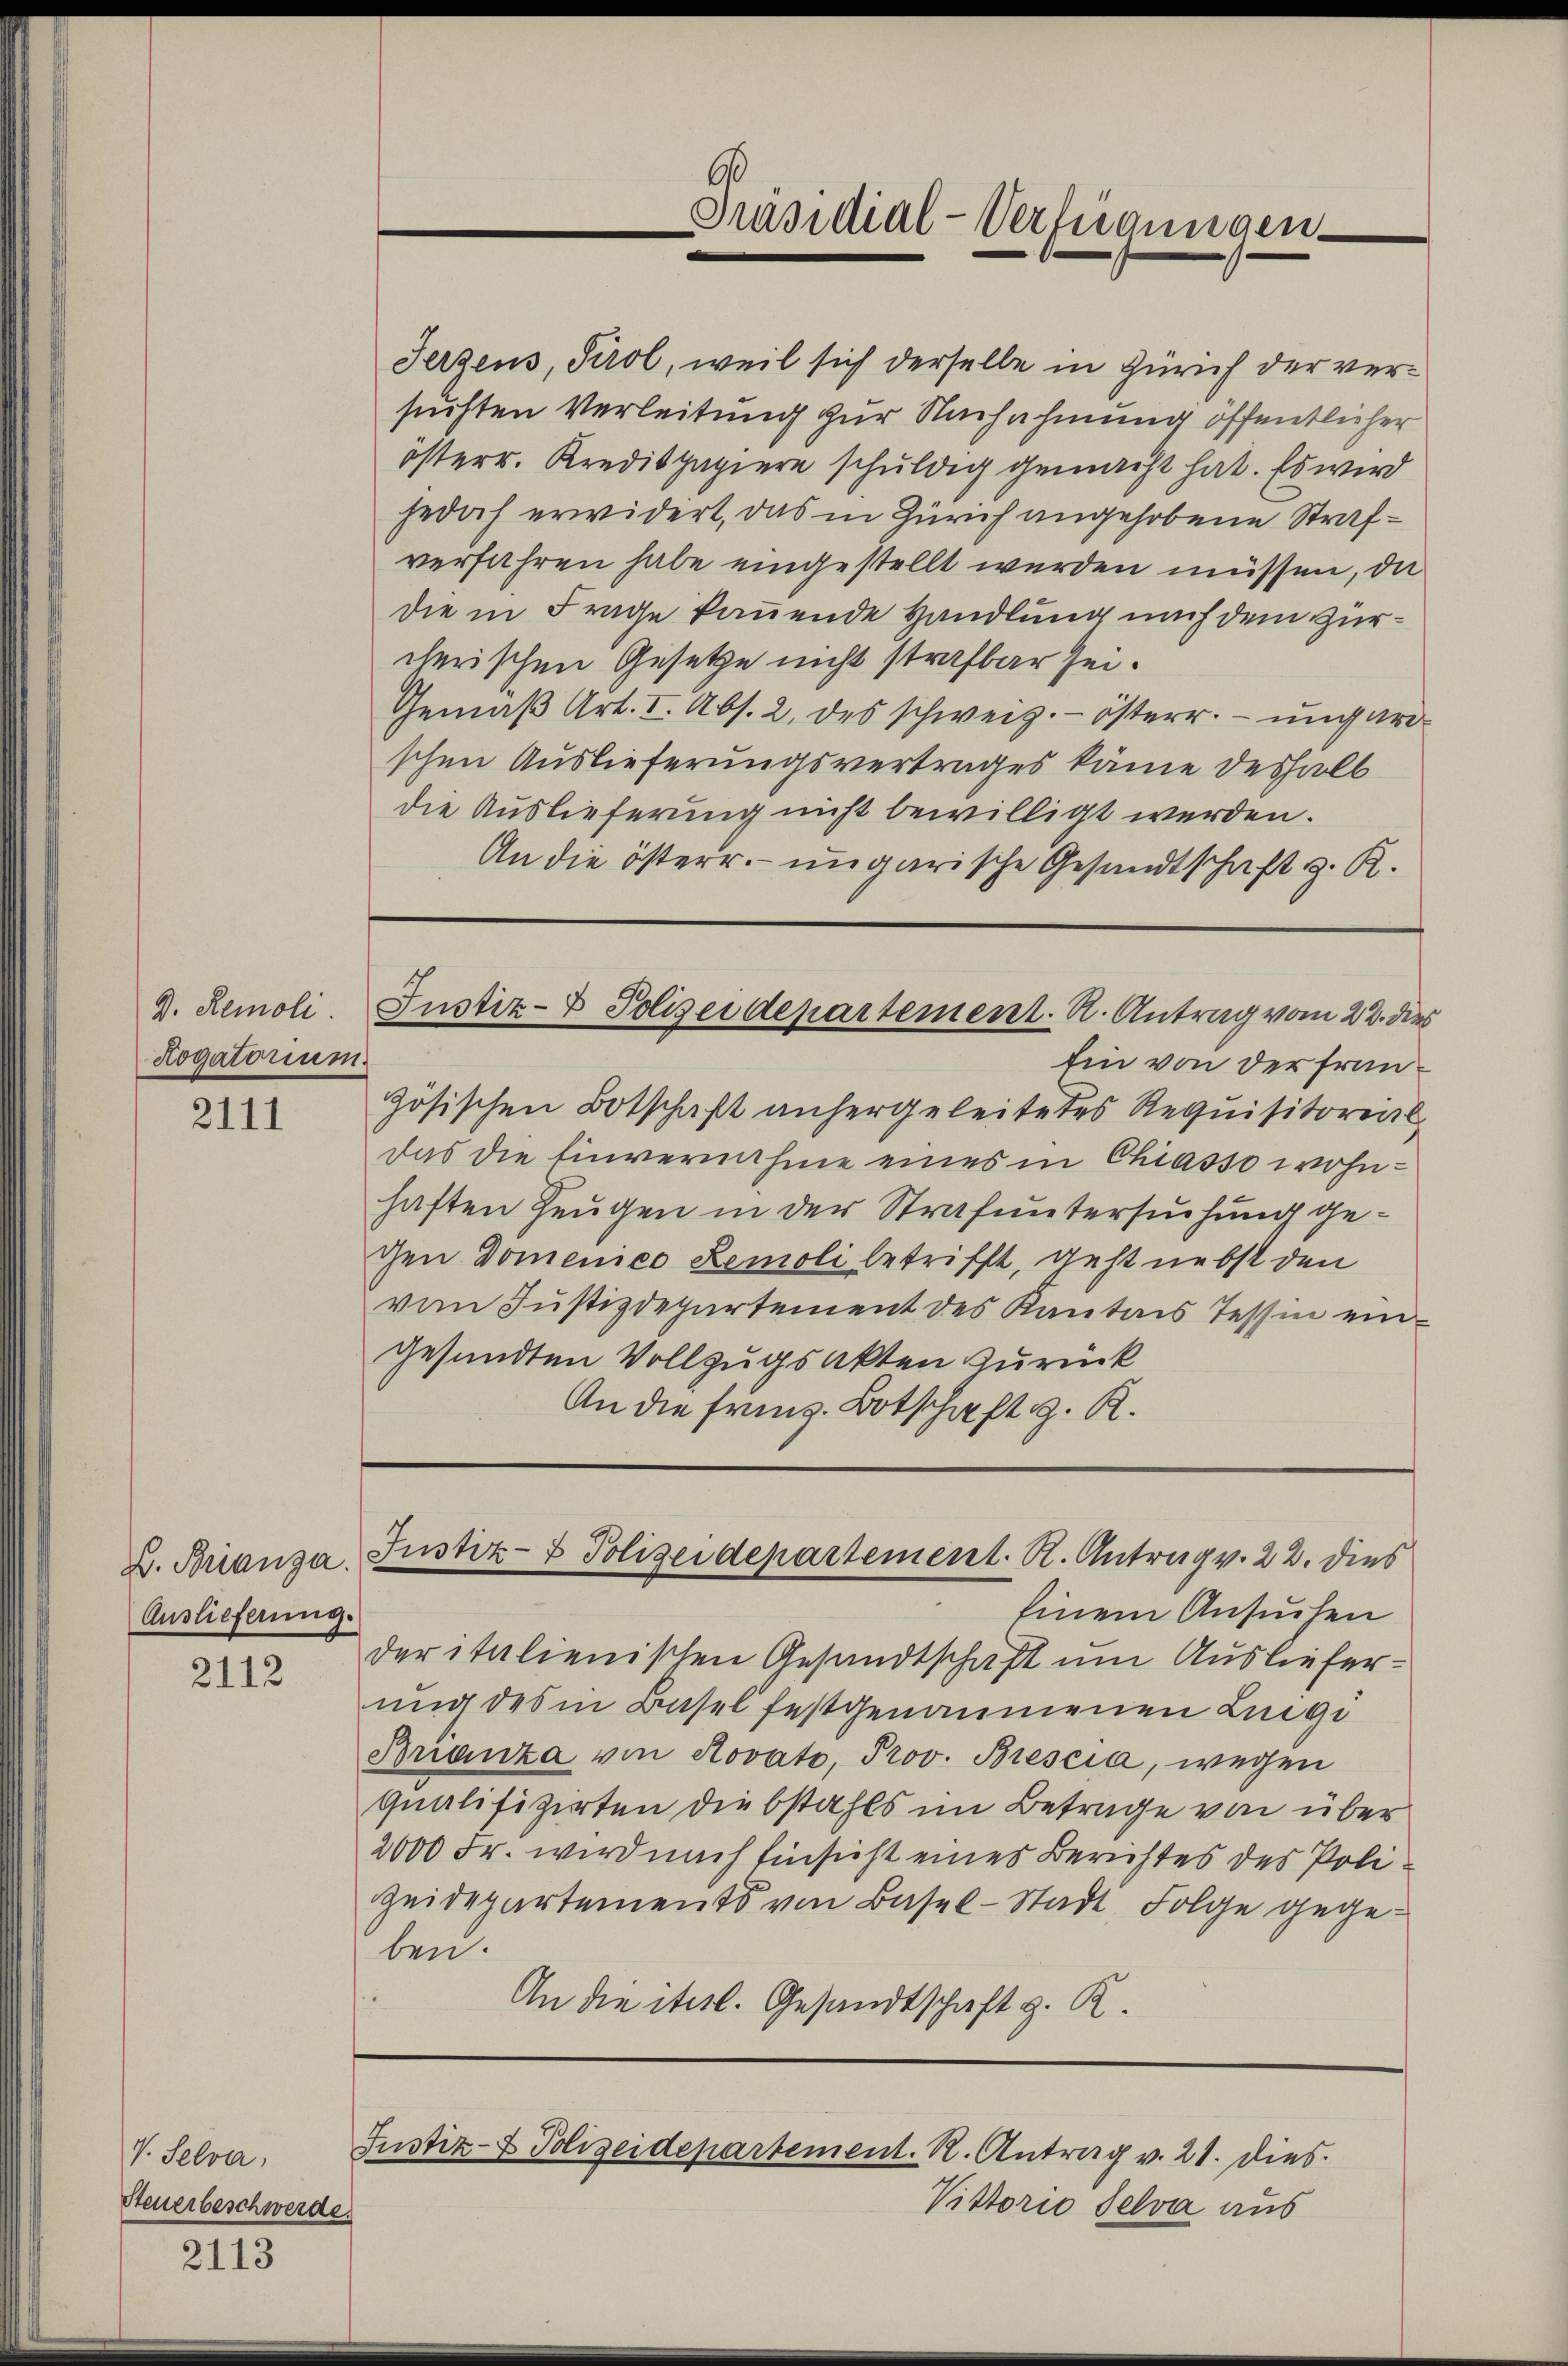
D. Remoli
Rogatorium

2111

B. Brianza.
Auslieferung.

2112

V. Selva,
Steuerbeschwerde.

2113

Jerzens, Tirol, weil sich derselbe in Zürich der versuchten Verleitung zur Nachahmung öffentlicher
österr. Kredispapiere schuldig gemacht hat. Es wird
jedoch erwidert, das in Zürich angehobene Strafverfahren habe eingestellt werden müssen, da
die in Frage kannende Handlung nach dem Zürcherischen Gesetze nicht strafbar sei.
Gemäβ Art. I. Abs. 2. des schweiz.- österr. ungard
schen Auslieferungsvertrages käme deshalb
die Auslieferung nicht bewilligt werden.
An die österr. ungarische Gesandtschaft z. R.

Ein von der Französischen Botschaft anhergeleitetes Requisitorial,
das die Einvernahme eines in Chiasso wohnhaften Zeugen in der Strafuntersuchung gechen Domenico Lemoli betrifft, geht nebst den
vom Justizdepartement des Kantons Tessin eingesandten Vollzugsakten Zurück
An die franz. Botschaft z. R.

Einem Ansuchen
der italienischen Gesandtschaft um Auslieferung des in Basel festgenommenen Lingi
Brianza von Rovato, Prov. Brescia, wegen
Qualifizirten diebstahls im Betrage von über
2000 Fr. wird nach Einsicht eines Berichtes des Poli¬
Zeidepartements von Basel-Stadt, Folge gegeben.
An die itel. Gesandtschaft z. R.

Präsidial-Verfügungen

Justiz- & Polizeidepartement. u. Antrag vom 22. dies

Justiz- & Polizeidepartement. R. Antrag v. 22. dies

Justiz- & Polizeidepartement. R. Antrag v. 21. dies

Vittorio Selva aus